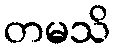
တမသိ